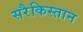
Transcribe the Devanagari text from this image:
सरैकिस्तान